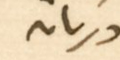
دريان